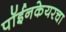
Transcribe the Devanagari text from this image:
पॉईनकेयरचा